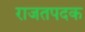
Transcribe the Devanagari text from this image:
राजतपदक